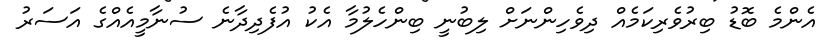
އެންމެ ބޮޑު ބިރުވެރިކަމެއް ދިވެހިންނަށް ލިބުނީ ބިންހެލުމާ އެކު އުފެދިދާނެ ސުނާމީއެއްގެ އަސަރު